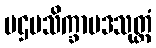
ပဌမသိက္ခာပဒသုတ္တံ